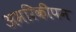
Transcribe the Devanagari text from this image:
अमरिकीपन